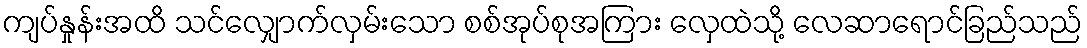
ကျပ်နှုန်းအထိ သင်လျှောက်လှမ်းသော စစ်အုပ်စုအကြား လှေထဲသို့ လေဆာရောင်ခြည်သည်